Civil Veterinary Dept. North-West Frontier Province 1901-22 - 1901-1922
Year: 1901
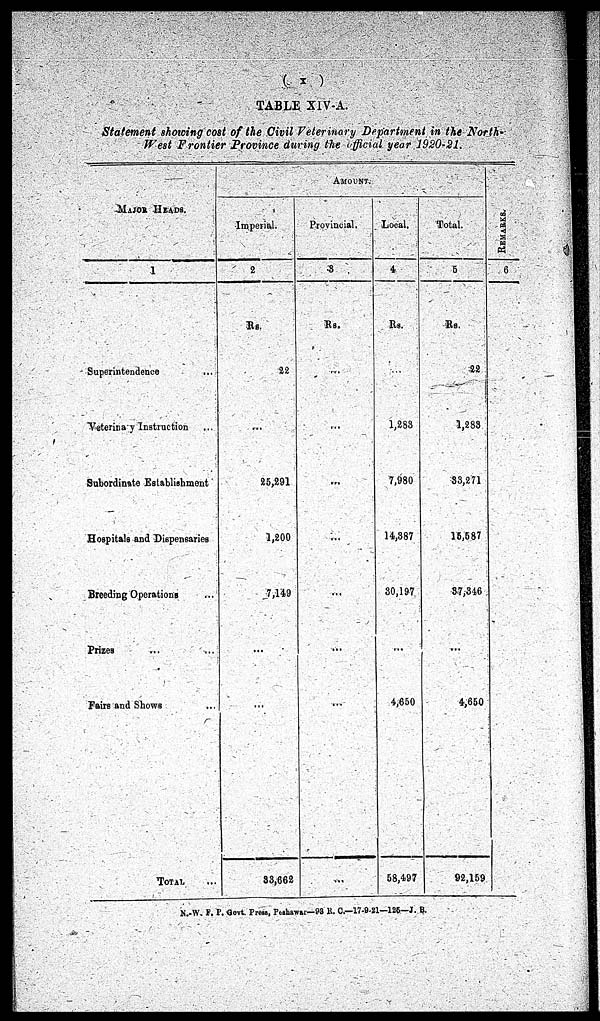
( x )
TABLE XIV-A.
Statement showing cost of the Civil Veterinary Department in the North-
West Frontier Province during the official year 1920-21.
MAJOR HEADS.
1
Superintendence
...
Veterinary Instruction ...
Subordinate Establishment
Hospitals and Dispensaries
Breeding Operations ...
Prizes ... ...
Fairs and Shows ...
TOTAL...
AMOUNT.
Imperial.
2
Rs.
22
...
25,291
1,200
7,149
...
...
33,662
Provincial.
3
Rs.
...
...
...
...
...
...
...
...
Local
4
Rs.
...
1,283
7,980
14,387
30,197
...
4,650
58,497
Total.
5
Rs.
22
1,283
33,271
15,587
37,346
...
4,650
92,159
RE MARKS .
6
N.W. F. P. Govt. Press, Peshawar—93 R. C.—17-9-21—125—J. B.